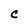
Character: C